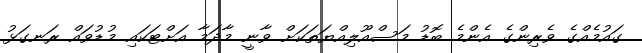
ގައުމެއްގެ ވެރިންގެ އެންމެ ބޮޑު މަސްއޫލިއްޔަތަކަށް ވާނީ މާދަމާ އަށްޓަކައި މުޑުވައް ރަނގަޅު